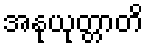
အနုယုတ္တာတိ